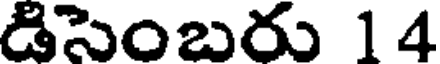
డిసెంబరు 14